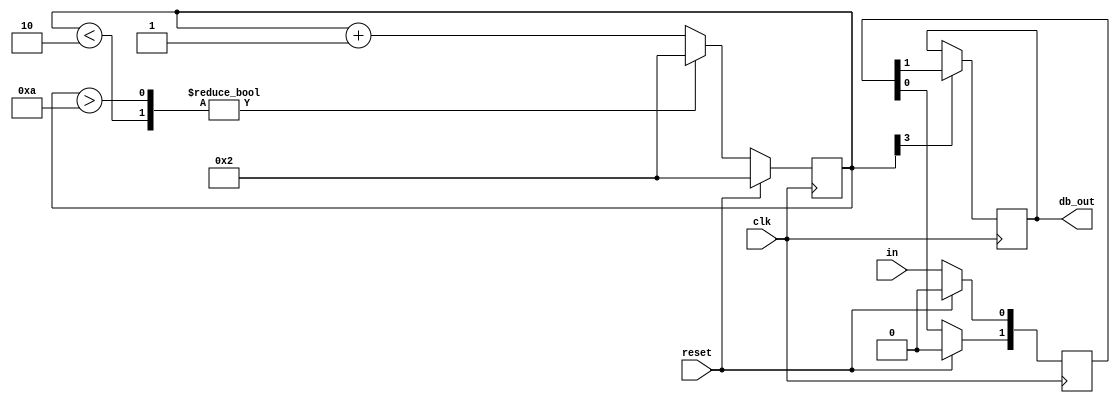
module debouncer ( in, reset, clk, db_out );
		input in, reset, clk;
		output reg db_out;

///////////////////////////////////////////////////////////////////////////


		reg [1:0] dff;
		wire q_reset, q_add;
		reg [3:0]q_timing=0;
		reg [3:0]counter=0; // timing flipflops 


//////////////////////////////////////////////////////////////////////////


		assign q_reset = dff[0]^dff[1];
		assign q_add = ~(q_timing[3]);


//////////////////////////////////////////////////////////////////////////


		always@(posedge clk)
		begin
			begin
				if(reset)
					begin
						dff[0] <= 1'b0;
						dff[1] <= 1'b0;
						counter <= 4'd2;
					end
				else
					begin
						dff[0] <= in;
						dff[1] <= dff[0];
						counter <= counter + 1;
							if ({counter < 4'd2,counter > 4'd10}) // the range is from 2 to 10 from cycle tyre range to car tyre range 
								counter <= 4'd2;
							else
								counter <= counter + 1;
					end
			end
		end	


//////////////////////////////////////////////////////////////////////////


	always @ ( posedge clk )
		begin
			if(counter[3] == 1'b1)
					db_out <= dff[1];
			else
					db_out <= db_out;
		end


//////////////////////////////////////////////////////////////////////////
endmodule